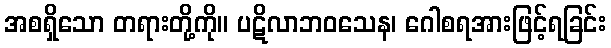
အစရှိသော တရားတို့ကို။ ပဋိလာဘဝသေန၊ ဂေါစရအားဖြင့်ရခြင်း